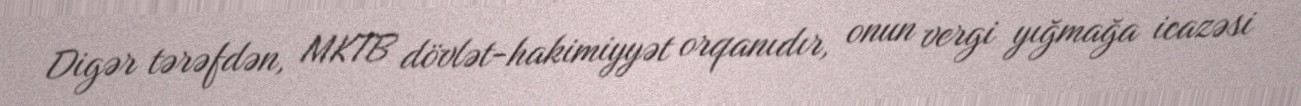
Digər tərəfdən, MKTB dövlət-hakimiyyət orqanıdır, onun vergi yığmağa icazəsi